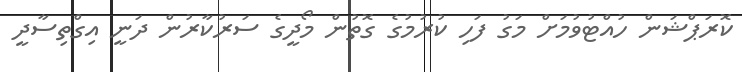
ކޮރަޕްޝަން ހުއްޓުވުމަށް މަގު ފަހި ކުރުުމުގެ ގޮތުން މޯދީގެ ސަރުކާރުން ދަނީ އިގްތިސާދީ